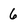
Character: 6